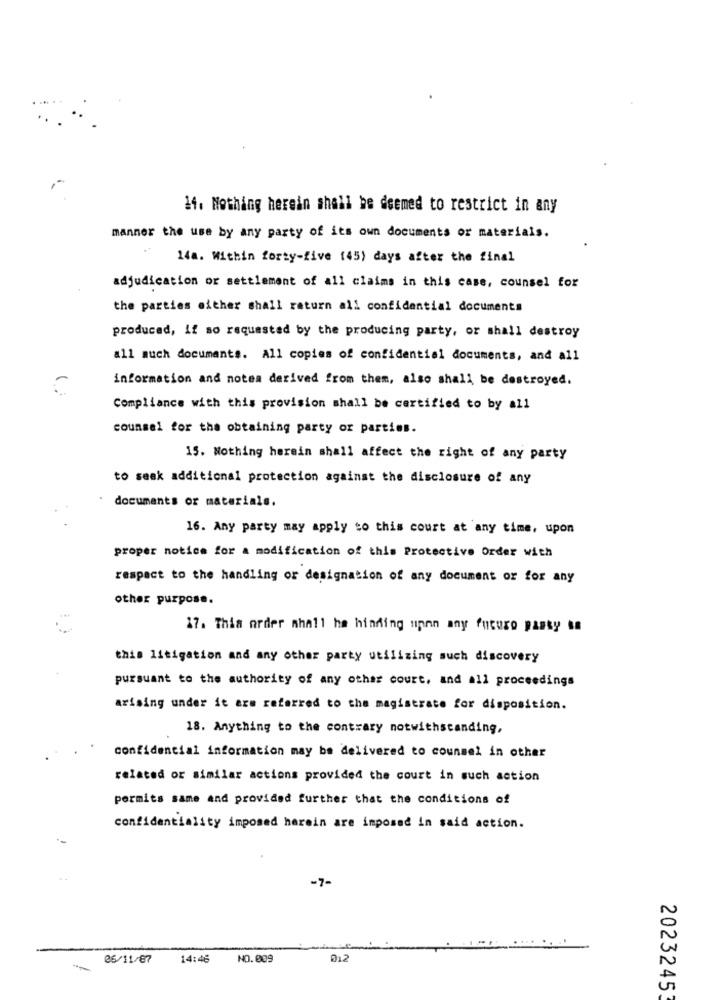
14. Nothing herein shall be deemed to restrict in any
manner the use by any party of its own documents or materials.
14a. Within forty-five (45) days after the final
adjudication or settlement of all claims in this case, counsel for
the parties either shall return all confidential documents
produced, if so requested by the producing party, or shall destroy
all much documents. All copies of confidential documents, and all
information and notes derived from them, also shall be destroyed.
Compliance with this provision shall be certified to by all
counsel for the obtaining party or parties.
15. Nothing herein shall affect the right of any party
to seak additional protection against the disclosure of any
documents or materials.
16. Any party may apply to this court at any time, upon
proper notice for a modification of this Protective Order with
respect to the handling or designation of any document or for any
other purpose.
17. This order mhall ha hinding nnnn any futuro passy ta
this litigation and any other party utilizing such discovery
pursuant to the authority of any other court, and all proceedings
arising under it are referred to the magistrate for disposition.
18. Anything to the contrary notwithstanding,
confidential information may be delivered to counsel in other
related or similar actions provided the court in such action
permits same and provided further that the conditions of
confidentiality imposed herein are imposed in said action.
-7-
@6/11/87
14:46 NO.009
012
2023245